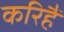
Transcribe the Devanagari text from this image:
करिहैं